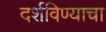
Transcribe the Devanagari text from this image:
दर्शविण्याचा